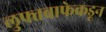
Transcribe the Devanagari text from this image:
लुफ्तवाफेकडून